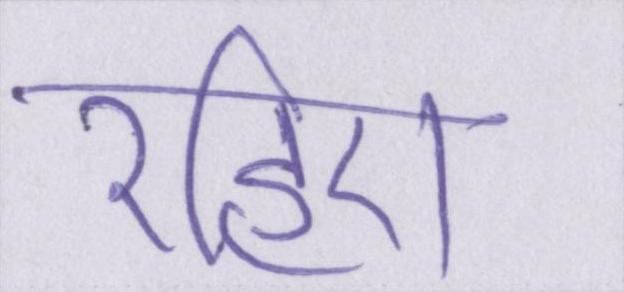
रहिए